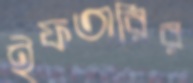
ইফতারির